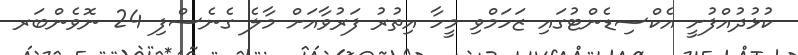
ކުޅުދުއްފުށީ އެކްސިޑެންޓުގައި ޒަހަމްވި މީހާ އިތުރު ފަރުވާއަށް މާލެ ގެނެސްފި 24 ނޮވެންބަރ